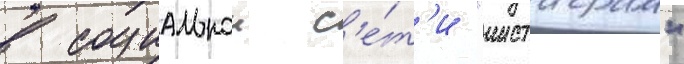
в социальнои с'е́т'и "инстаграм"